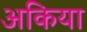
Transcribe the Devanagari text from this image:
अकिया